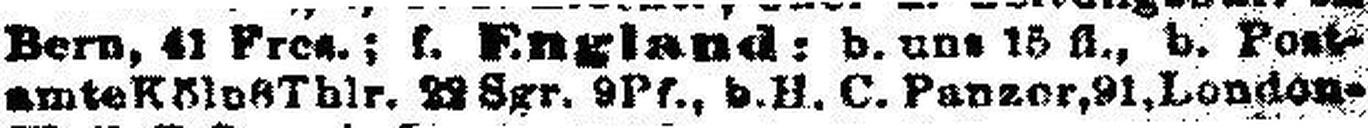
amte Köln 8 Thlr. 2### Sgr. 9 Pf., b. H. C. Panzer, 91. London-